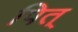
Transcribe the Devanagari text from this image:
पित्